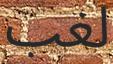
لغب